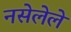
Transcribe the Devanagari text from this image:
नसेलेले